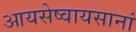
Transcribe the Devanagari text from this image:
आयसेष्वायसानां